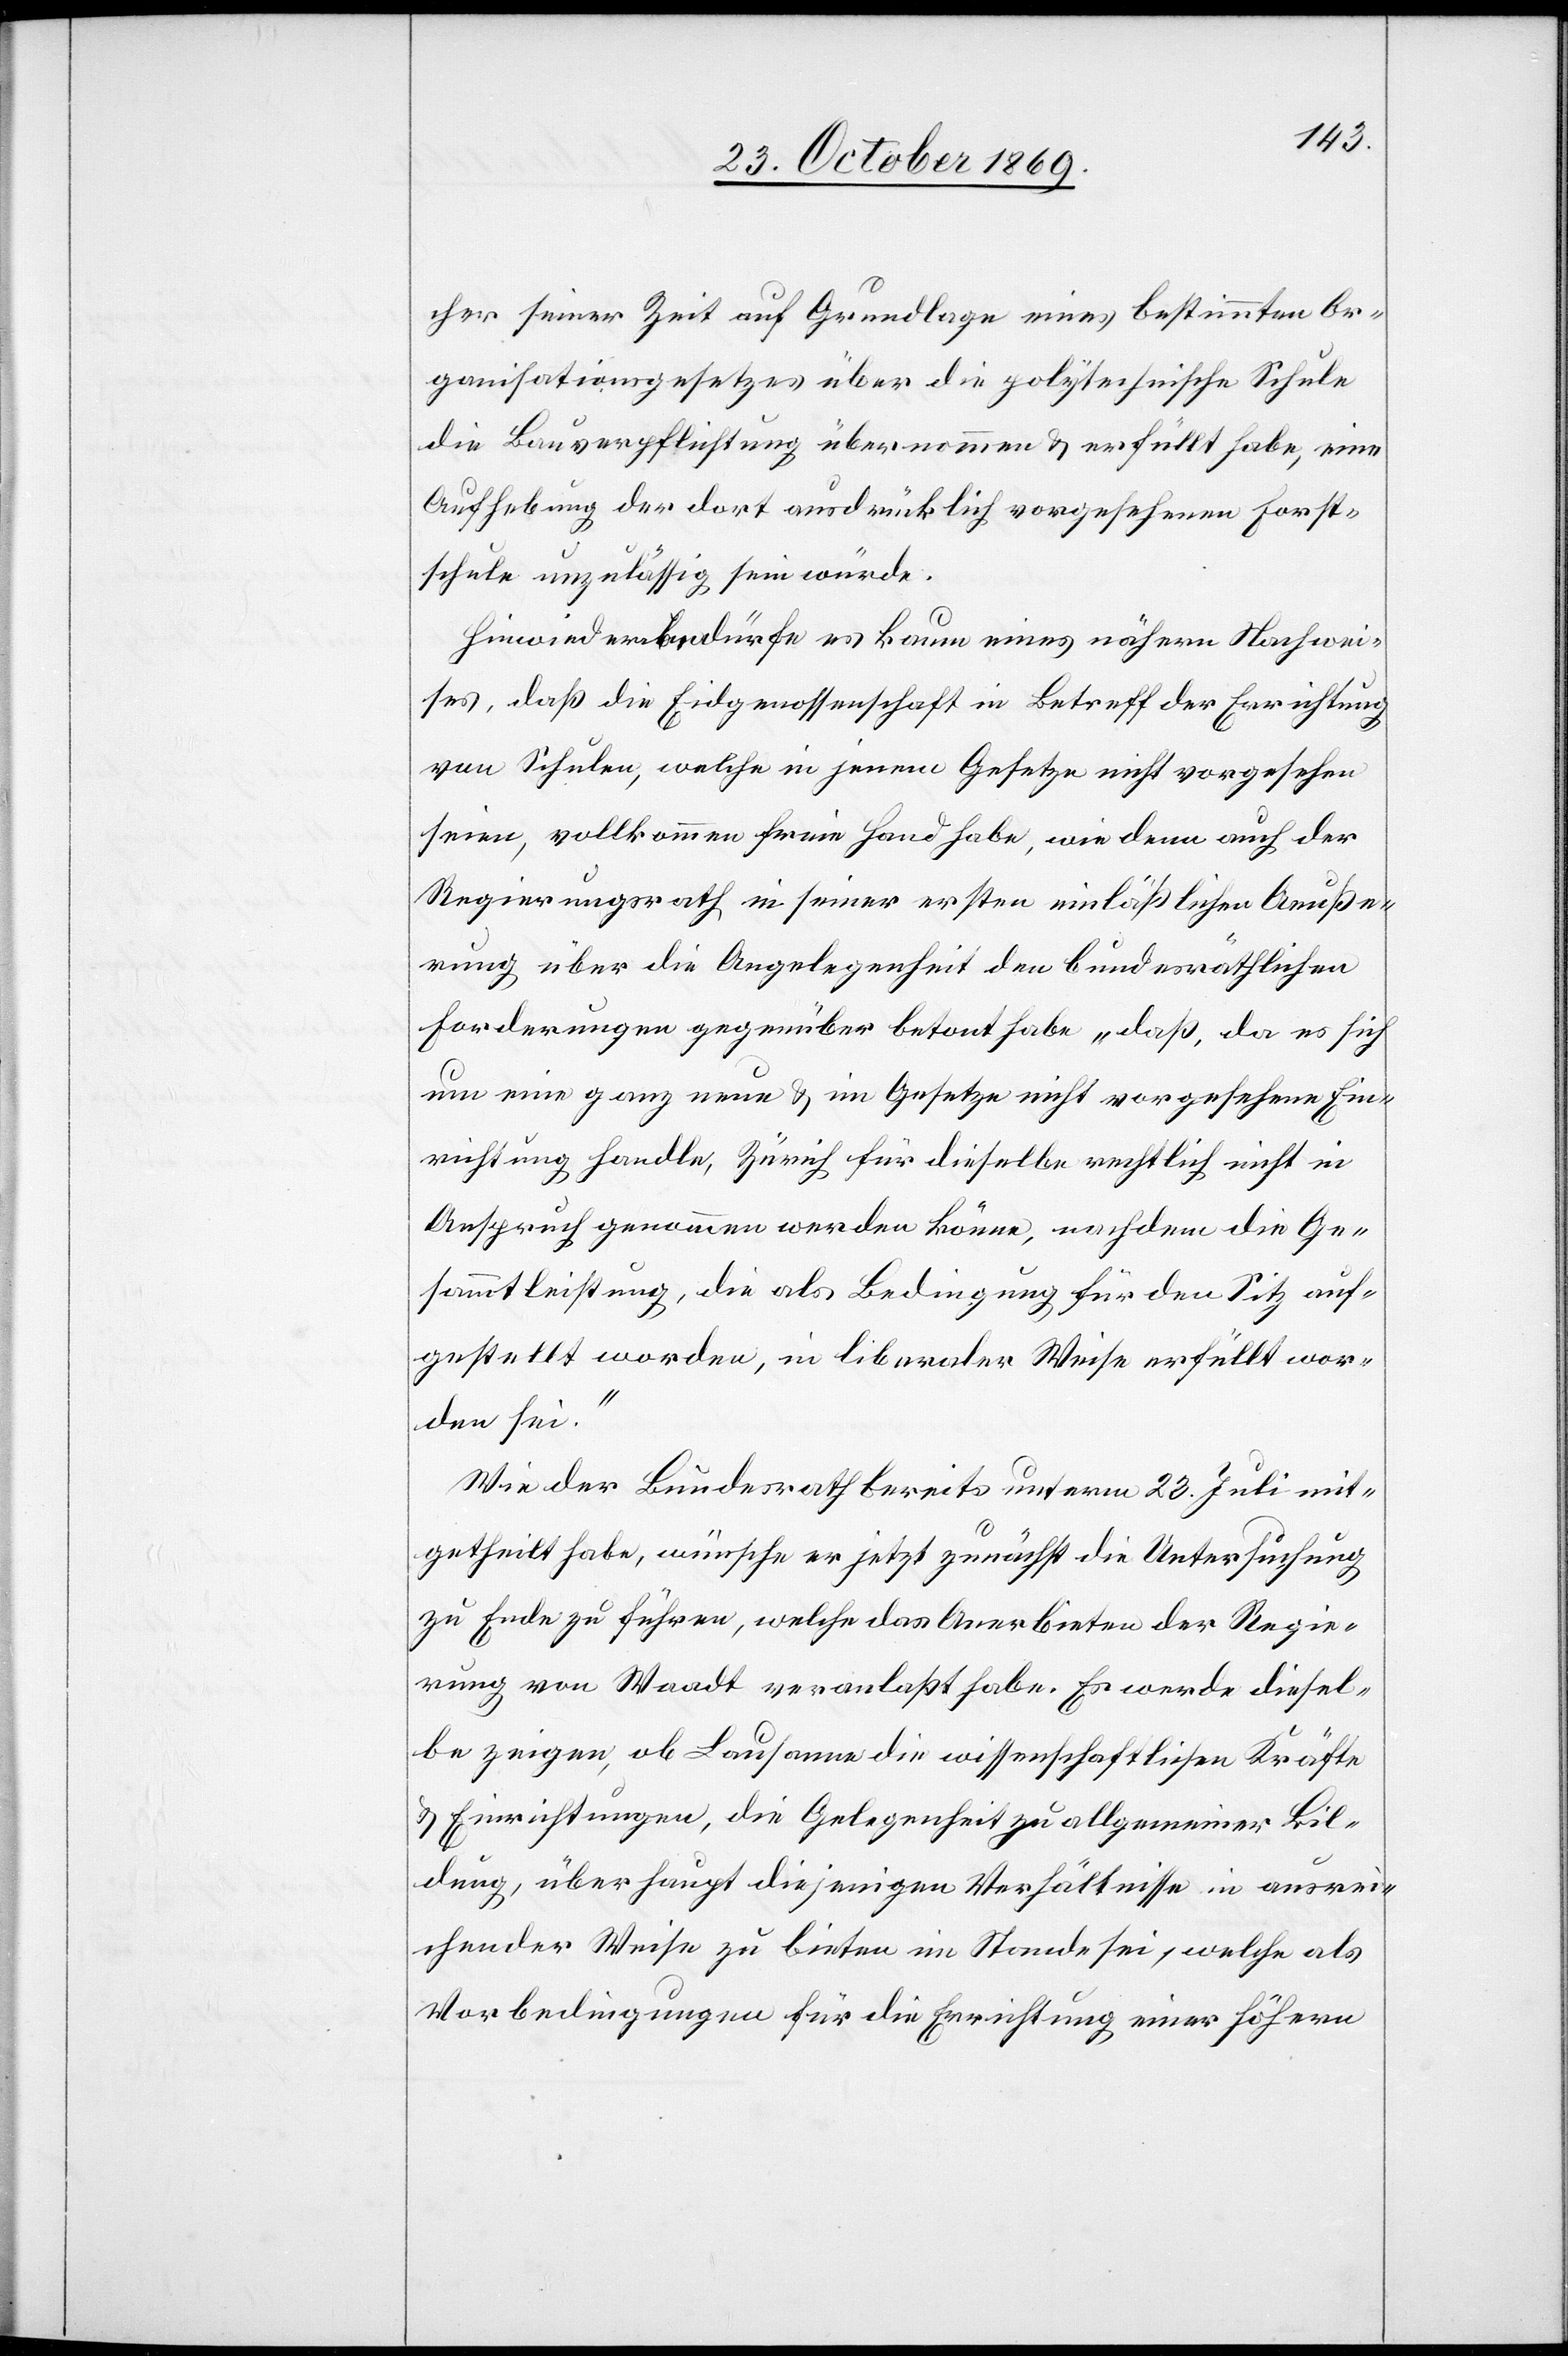
cher seiner Zeit auf Grundlage eines bestimmten Or¬
ganisationsgesetzes über die polytechnische Schule
die Bauverpflichtung übernommen & erfüllt habe, eine
Aufhebung der dort ausdrücklich vorgesehenen Forst¬
schule unzulässig sein würde.
Hinwieder bedürfe es kaum eines nähern Nachwei¬
ses, daß die Eidgenossenschaft in Betreff der Errichtung
von Schulen, welche in jenem Gesetze nicht vorgesehen
seien, vollkommen freie Hand habe, wie denn auch der
Regierungsrath in seiner ersten einläßlichen Aeuße¬
rung über die Angelegenheit den bundesräthlichen
Forderungen gegenüber betont habe „daß, da es sich
um eine ganz neue & im Gesetze nicht vorgesehene Ein¬
richtung handle, Zürich für dieselbe rechtlich nicht in
Anspruch genommen werden könne, nachdem die Ge¬
sammtleistung, die als Bedingung für den Sitz auf¬
gestellt worden, in liberaler Weise erfüllt wor¬
den sei.“
Wie der Bundesrath bereits unterm 23. Juli mit¬
getheilt habe, wünsche er jetzt zunächst die Untersuchung
zu Ende zu führen, welche das Anerbieten der Regie¬
rung von Waadt veranlaßt habe. Es werde diesel¬
be zeigen, ob Lausanne die wissenschaftlichen Kräfte
& Einrichtungen, die Gelegenheit zu allgemeiner Bil¬
dung, überhaupt diejenigen Verhältnisse in ausrei¬
chender Weise zu bieten im Stande sei, welche als
Vorbedingungen für die Errichtung einer höhern